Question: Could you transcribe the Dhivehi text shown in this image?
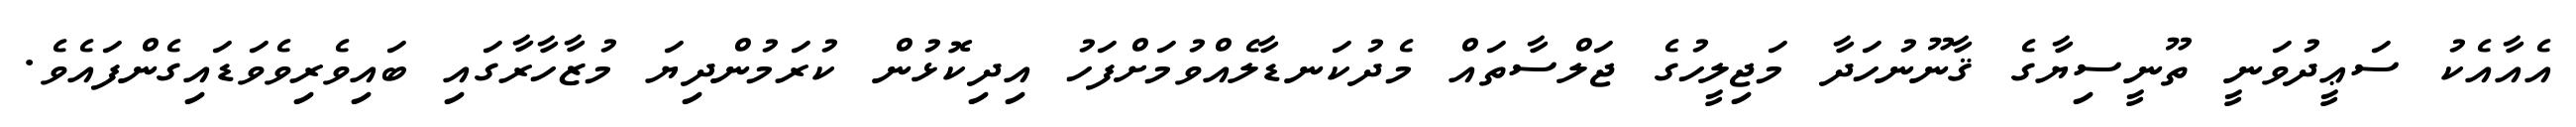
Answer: އެއާއެކު ސަޢީދުވަނީ ތޫނީސިޔާގެ ޤާނޫނުހަދާ މަޖިލީހުގެ ޖަލްސާތައް މެދުކަނޑާލެއްވުމަށްފަހު އިދިކޮޅުން ކުރަމުންދިޔަ މުޒާހާރާގައި ބައިވެރިވެވަޑައިގެންފައެވެ.